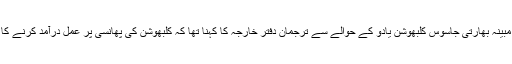
پاکستان میں زیرِ حراست مبینہ بھارتی جاسوس کلبھوشن یادو کے حوالے سے ترجمان دفترِ خارجہ کا کہنا تھا کہ کلبھوشن کی پھانسی پر عمل درآمد کرنے کا فیصلہ تاحال نہیں کیا گیا۔